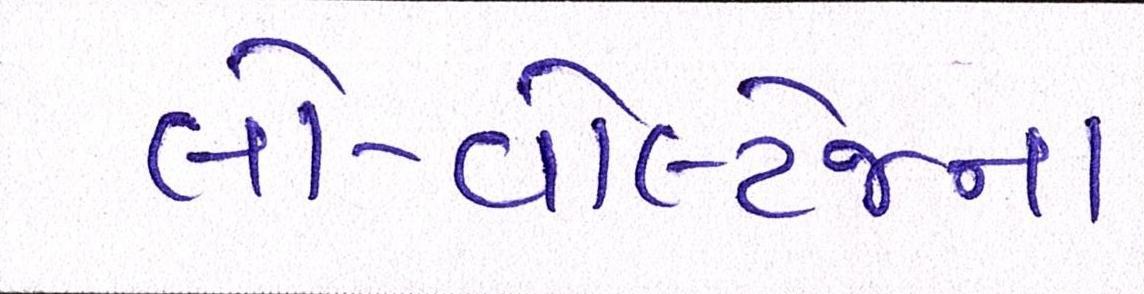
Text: લો-વોલ્ટેજના